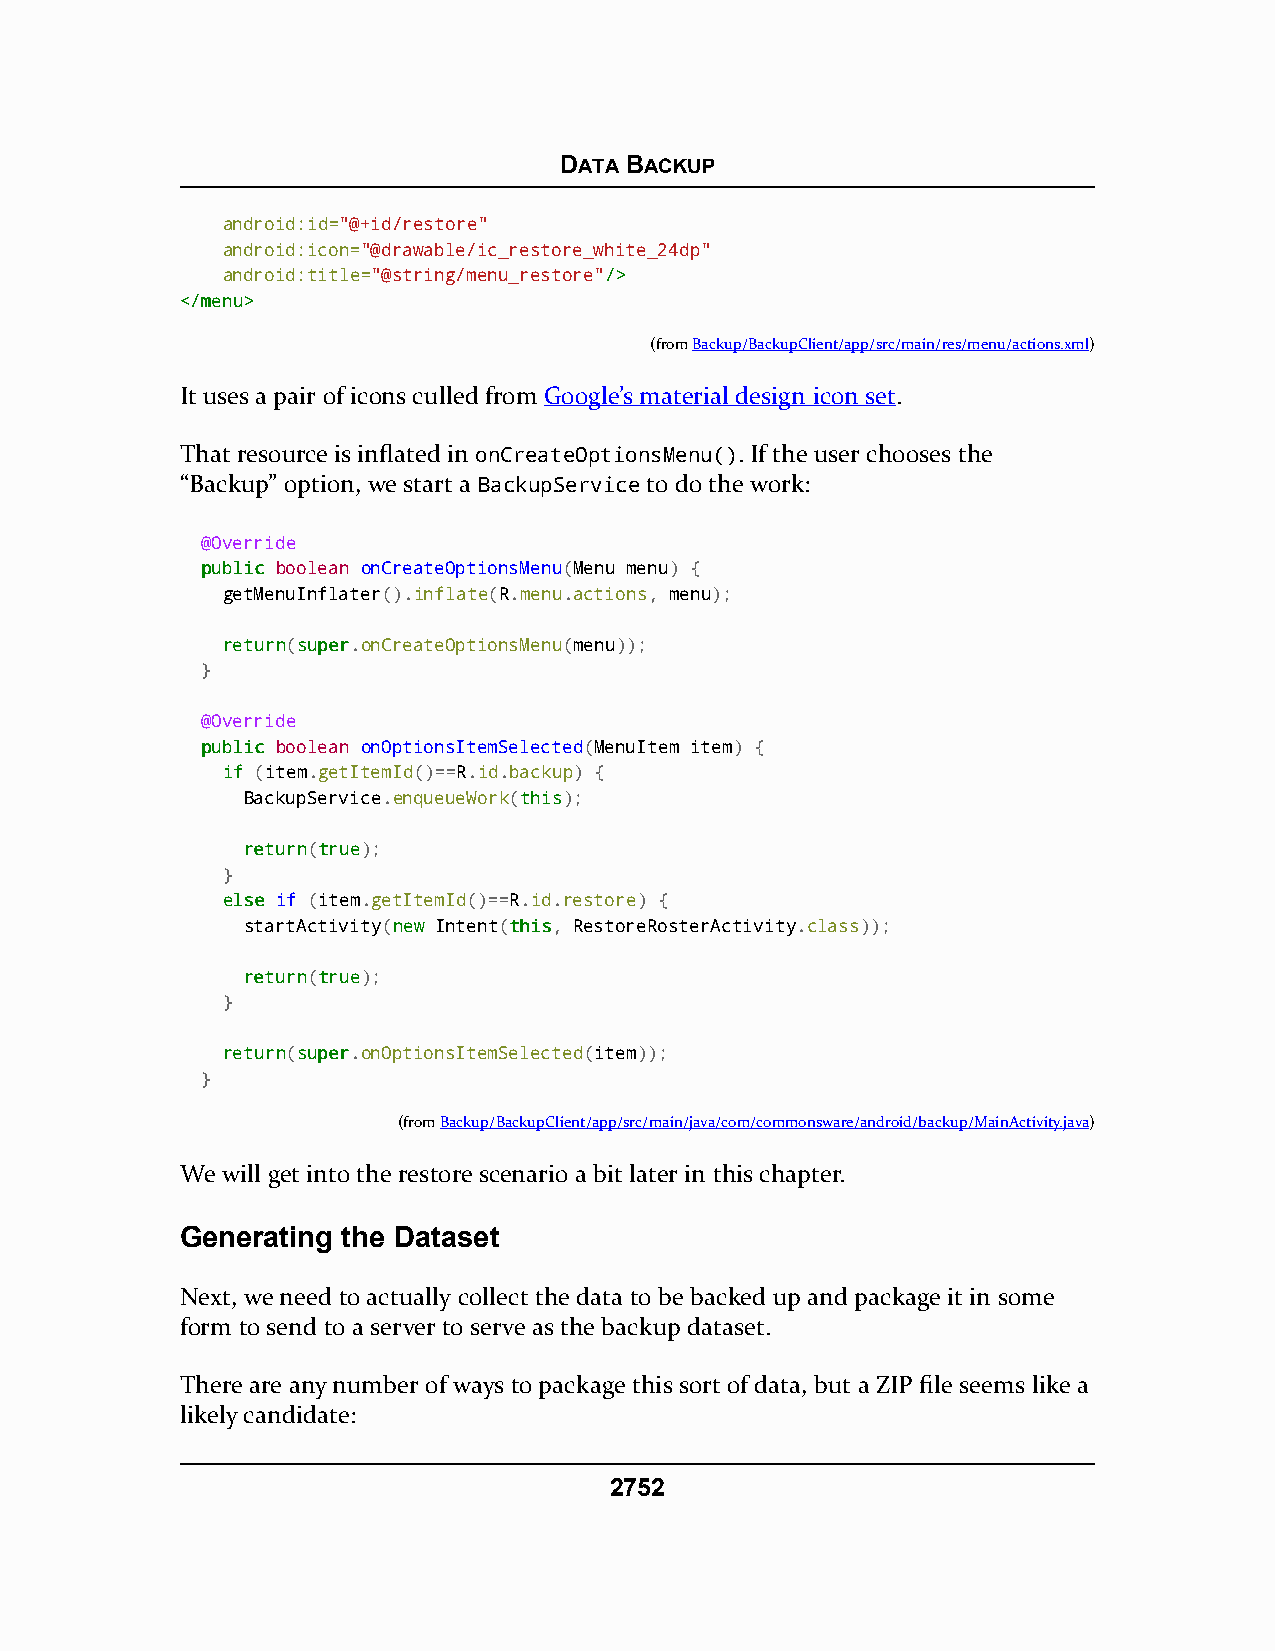
DATA BACKUP
 android:id="@+id/restore"
 android:icon="@drawable/ic_restore_white_24dp"
 android:title="@string/menu_restore"//>>
 <<//mmeennuu>>
 (fromBackup/BackupClient/app/src/main/res/menu/actions.xml)
 It uses a pair of icons culled from Google’s material design icon set.
 That resource is inflated in onCreateOptionsMenu(). If the user chooses the
 “Backup” option, we start a BackupService to do the work:
 @Override
 ppuubblliicc boolean onCreateOptionsMenu(Menu menu) {
 getMenuInflater().inflate(R.menu.actions, menu);
 rreettuurrnn(ssuuppeerr.onCreateOptionsMenu(menu));
 }
 @Override
 ppuubblliicc boolean onOptionsItemSelected(MenuItem item) {
 iiff (item.getItemId()==R.id.backup) {
 BackupService.enqueueWork(tthhiiss);
 rreettuurrnn(ttrruuee);
 }
 eellssee if (item.getItemId()==R.id.restore) {
 startActivity(nneeww Intent(tthhiiss, RestoreRosterActivity.class));
 rreettuurrnn(ttrruuee);
 }
 rreettuurrnn(ssuuppeerr.onOptionsItemSelected(item));
 }
 (fromBackup/BackupClient/app/src/main/java/com/commonsware/android/backup/MainActivity.java)
 We will get into the restore scenario a bit later in this chapter.
 Generating the Dataset
 Next, we need to actually collect the data to be backed up and package it in some
 form to send to a server to serve as the backup dataset.
 There are any number of ways to package this sort of data, but a ZIP file seems like a
 likely candidate:
 2752